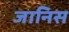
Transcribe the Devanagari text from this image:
जानिस